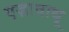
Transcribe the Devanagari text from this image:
एज़ावाथू